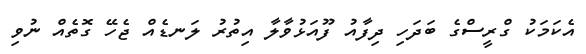
އެކަމަކު ގްރީސްގެ ބަދަހި ދިފާއު ފޫއަޅުވާލާ އިތުރު ލަނޑެއް ޖެހޭ ގޮތެއް ނުވި